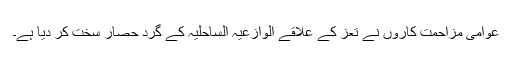
عوامی مزاحمت کاروں نے تعز کے علاقے الوازعیہ الساحلیہ کے گرد حصار سخت کر دیا ہے۔